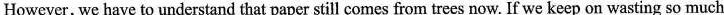
However, we have to understand that paper still comes from trees now. If we keep on wasting so much